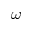
\omega